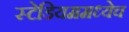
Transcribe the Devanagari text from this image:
स्टेडियममध्येच